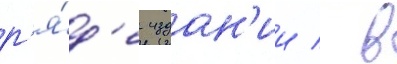
р'я́д'е издан'ии / в